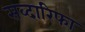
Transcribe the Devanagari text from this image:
सब्दारिफा